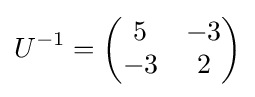
U^{-1}={\begin{pmatrix}5&-3\\-3&2\\\end{pmatrix}}